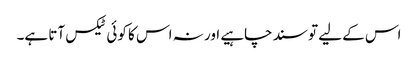
اس کے لیے تو سند چاہیے اور نہ اس کا کوئی ٹیکس آتا ہے۔